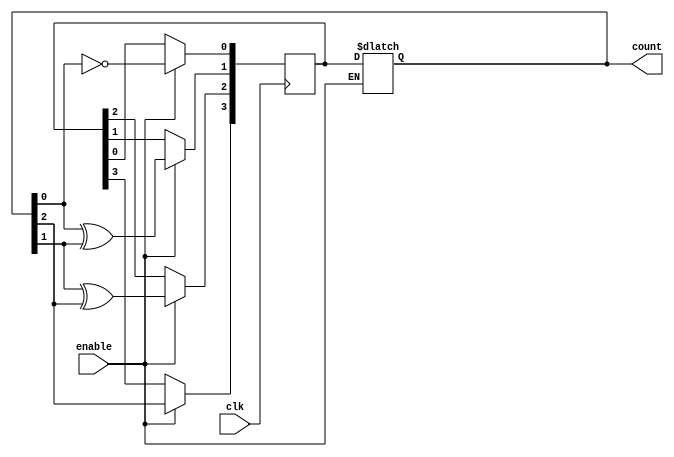
module gray_counter (
  input wire enable,
  input wire clk,
  output reg [3:0] count
);

reg [3:0] next_count;

always @(posedge clk) begin
  if (enable) begin
    next_count[0] <= ~count[0];
    next_count[1] <= count[0] ^ count[1];
    next_count[2] <= count[1] ^ count[2];
    next_count[3] <= count[2];
  end
end

always @* begin
  if (enable) begin
    count <= next_count;
  end
end

endmodule